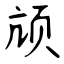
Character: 颃